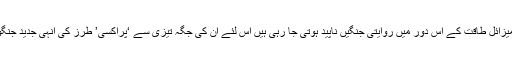
چونکہ جوہری و میزائل طاقت کے اس دور میں روایتی جنگیں ناپید ہوتی جا رہی ہیں اس لئے ان کی جگہ تیزی سے ‘پراکسی’ طرز کی انہی جدید جنگوں نے لے لی ہے۔